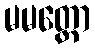
မမတ္တော